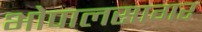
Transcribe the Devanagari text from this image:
भोपालसागर